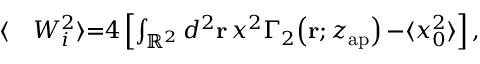
\begin{array} { r l } { \langle } & { { } W _ { i } ^ { 2 } \rangle { = } 4 \left[ \int _ { \mathbb { R } ^ { 2 } } d ^ { 2 } \mathbf { r } \, x ^ { 2 } \Gamma _ { 2 } \! \left( \mathbf { r } ; z _ { \mathrm { a p } } \right) { - } \langle x _ { 0 } ^ { 2 } \rangle \right] , } \end{array}